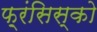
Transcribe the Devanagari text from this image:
फ़्रंसिस्को